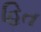
હિત